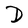
Character: D